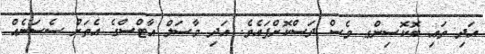
އަދި ތައި ބޮކޮސިންގ ވެސް ދަސްކޮށްފައެވެ. އަދި މާސަލް އާޓްސްގެ އެތަށް ސެސަނެއް